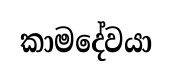
කාමදේවයා